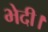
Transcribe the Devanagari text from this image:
भेदी।